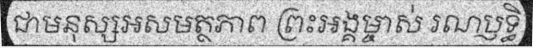
ជាមនុស្សអសមត្ថភាព ព្រះអង្គម្ចាស់ រណប្ញទ្ធិ